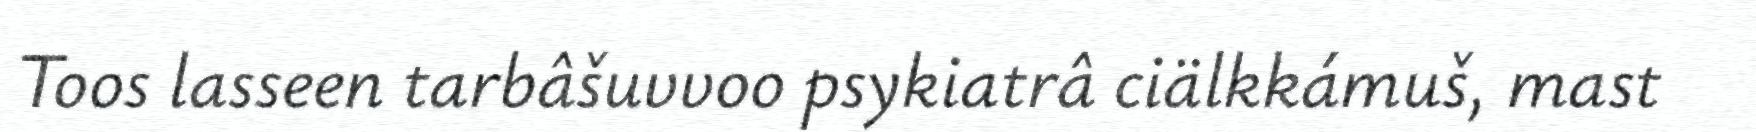
Toos lasseen tarbâšuvvoo psykiatrâ ciälkkámuš, mast